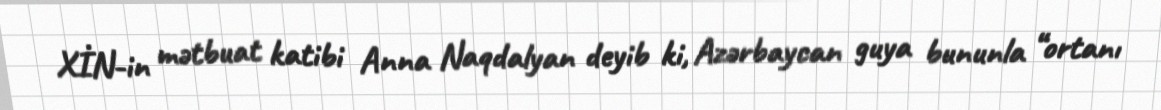
XİN-in mətbuat katibi Anna Naqdalyan deyib ki, Azərbaycan guya bununla “ortanı